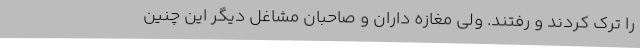
را ترک کردند و رفتند. ولی مغازه داران و صاحبان مشاغل دیگر این چنین